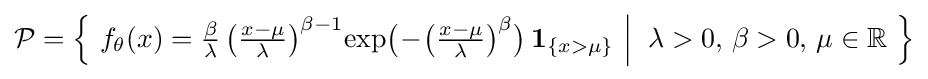
{\mathcal {P}}={\Big \{}\ f_{\theta }(x)={\tfrac {\beta }{\lambda }}\left({\tfrac {x-\mu }{\lambda }}\right)^{\beta -1}\!\exp \!{\big (}\!-\!{\big (}{\tfrac {x-\mu }{\lambda }}{\big )}^{\beta }{\big )}\,\mathbf {1} _{\{x>\mu \}}\ {\Big |}\;\;\lambda >0,\,\beta >0,\,\mu \in \mathbb {R} \ {\Big \}}